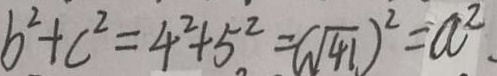
b ^ { 2 } + c ^ { 2 } = 4 ^ { 2 } + 5 ^ { 2 } = ( \sqrt { 4 1 } ) ^ { 2 } = a ^ { 2 } .